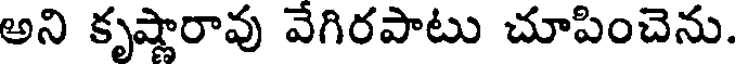
అని కృష్ణారావు వేగిరపాటు చూపించెను.